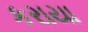
કરાયા